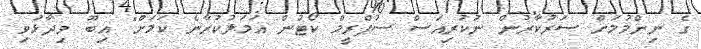
ގެ ނިންމުމަށް ސަރުކާރުން ނުކުރިއަސް ސުޕްރީމް ކޯޓުން އަމަލުކުރާނެ ކަމަށް" އިބޫ ވިދާޅުވި